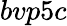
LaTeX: bvp5c